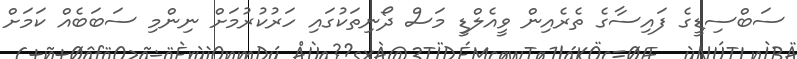
ސަބްސިޑީގެ ފައިސާގެ ތެރެއިން ވީއެލްޑީ މަސް ދޯނިތަކުގައި ހަރުކުރުމަށް ނިންމި ސަބަބެއް ކަމަށް